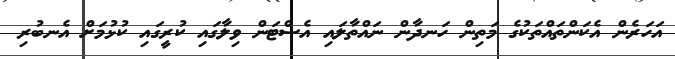
އަހަރެން އެކަންތައްތަކުގެ މަތިން ހަނދާން ނައްތާލައި އެސްޓަން ވިލާގައި ކުރީގައި ކުޅުމަށް އެނބުރި